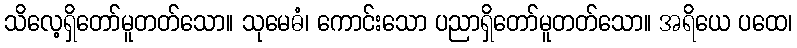
သိလေ့ရှိတော်မူတတ်သော။ သုမေဓံ၊ ကောင်းသော ပညာရှိတော်မူတတ်သော။ အရိယေ ပထေ၊